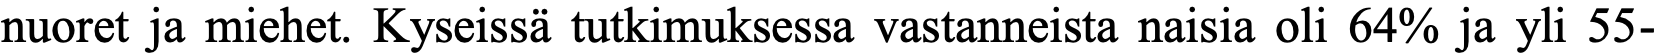
nuoret ja miehet. Kyseissä tutkimuksessa vastanneista naisia oli 64% ja yli 55-